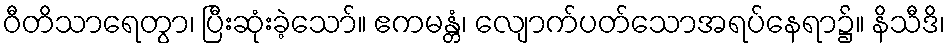
ဝီတိသာရေတွာ၊ ပြီးဆုံးခဲ့သော်။ ဧကမန္တံ၊ လျောက်ပတ်သောအရပ်နေရာ၌။ နိသီဒိ၊